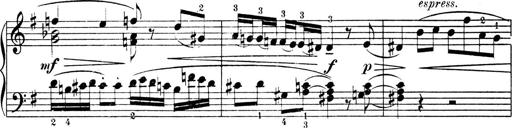
Title: 4 Sonatines
Composer: Max Reger